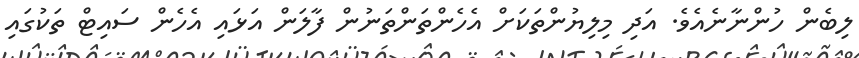
ލިބެން ހުންނާނެއެވެ. އަދި މިލިޔުންތަކަށް އެހެންތަންތަނުން ފާލަން އަޅައި އެހެން ސައިޓް ތަކުގައި